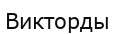
Викторды